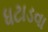
ધટાડવા